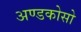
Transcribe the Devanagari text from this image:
अण्डकोसो